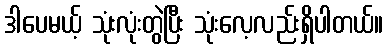
ဒါပေမယ့် သုံးလုံးတွဲပြီး သုံးလေ့လည်းရှိပါတယ်။